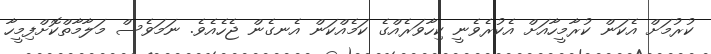
ކުރުމަށް އެކަން ކުރާމީހާއަށް އެކުރެވެނީ ކިހާވަަރެއްގެ ކަމެއްކަން އެނގެން ޖެހެއެވެ. ނަމަވެސް މަލާމާތްކޮށްފިމީހާ